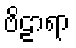
ဗိဠာရာ